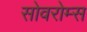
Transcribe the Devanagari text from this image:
सोवरोम्स